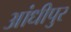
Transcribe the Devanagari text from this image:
आंधीपुर